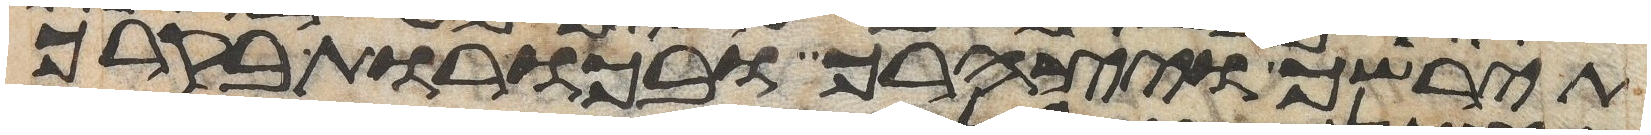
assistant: תירשך ויצהרך ובכורת בקרך